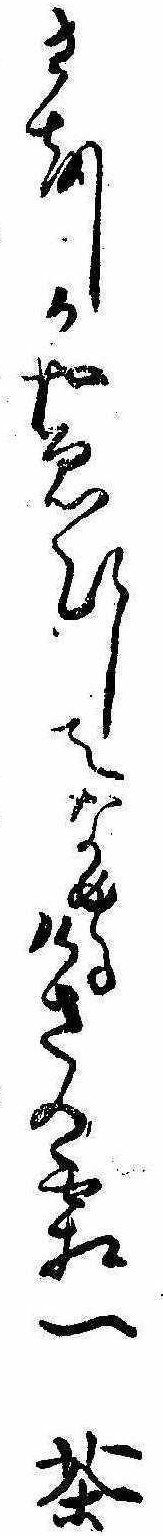
さをしかやゑひしてなめるけさの霜一茶